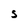
Character: S